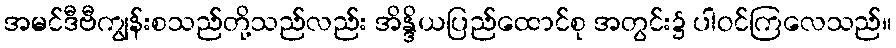
အမင်ဒီဗီကျွန်းစသည်တို့သည်လည်း အိန္ဒိယပြည်ထောင်စု အတွင်း၌ ပါဝင်ကြလေသည်။